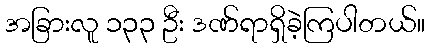
အခြားလူ ၁၃၃ ဦး ဒဏ်ရာရှိခဲ့ကြပါတယ်။